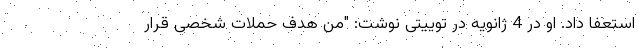
استعفا داد. او در 4 ژانویه در توییتی نوشت: "من هدف حملات شخصی قرار